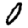
Digit: 0